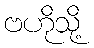
ဗဟိုသို့